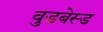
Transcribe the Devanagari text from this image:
वुडबेस्ड